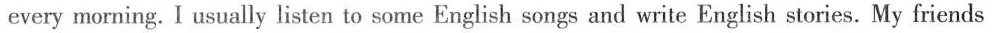
every morning.I usually listen to some English songs and write English stories. My friends